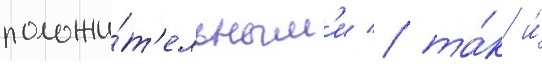
положи́т'ельным'и / та́к и́